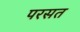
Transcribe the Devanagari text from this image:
परसत